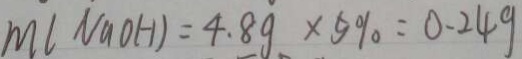
M ( N a O H ) = 4 . 8 g \times 5 \% = 0 . 2 4 g